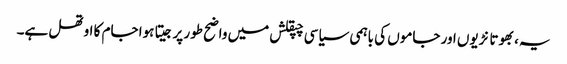
یہ، بھوتا نڑیوں اور جاموں کی باہمی سیاسی چپقلش میں واضح طور پر جیتا ہوا جام کا اوتھل ہے۔